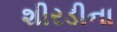
શીરડીના